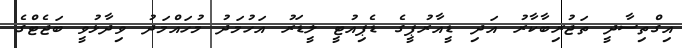
އިގްތިސާދީ ތަޖުރިބާކާރު އަދި ޑީއާރުޕީގެ ޑެޕިއުޓީ ލީޑަރު އަހުމަދު މުހައްމަދު ވިދާޅުވީ ބަޖެޓްގެ